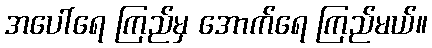
အပေါ်ရေ ကြည်မှ အောက်ရေ ကြည်မယ်။